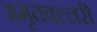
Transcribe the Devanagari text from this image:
अमृतवल्लरी